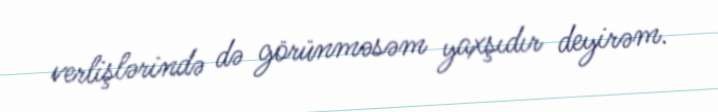
verlişlərində də görünməsəm yaxşıdır deyirəm.